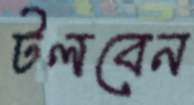
টলবেন